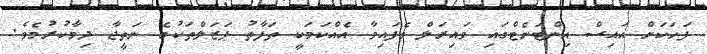
ފަހަކަށް އައިސް އިންޓަނެޓްގައި ވައިރަލް ވެފައިވާ އެއްކަމަކީ ތަފާތު ޕަޒަލްތަކުގެ ނަތީޖާ ދިމާކުރުމެވެ.